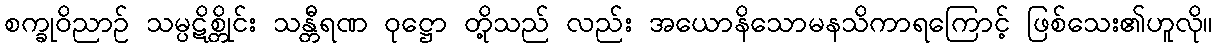
စက္ခုဝိညာဉ် သမ္ပဋိစ္တိုင်း သန္တီရဏ ဝုဋ္ဌော တို့သည် လည်း အယောနိသောမနသိကာရကြောင့် ဖြစ်သေး၏ဟူလို။